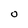
Character: 0